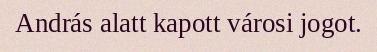
András alatt kapott városi jogot.